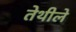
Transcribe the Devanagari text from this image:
तेथीले